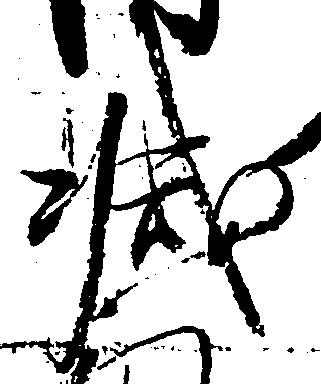
減